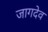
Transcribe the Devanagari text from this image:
जागदेव